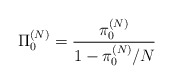
\begin{align*}\Pi_0^{(N)}= \frac{\pi_0^{(N)}}{1-\pi_0^{(N)}/N}\end{align*}